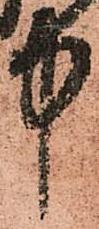
中